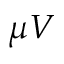
\mu V